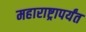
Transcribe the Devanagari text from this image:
महाराष्ट्रापर्यंत